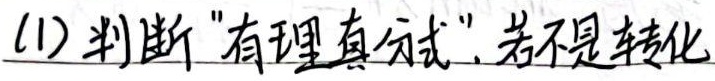
(1) 判断“有理真分式”，若不是转化